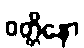
ဝတ္တိနော